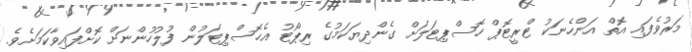
މަރުވެފައި އޮތް އަންހެނަކު ޓްރީޓޮޕް ހޮސްޕިޓަލަށް ގެންދިޔަކަމުގެ ރިޕޯޓު އެހޮސްޕިޓަލުން ފުލުހުންނަށް ކޮށްފައިވާކަމަށެވެ.